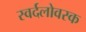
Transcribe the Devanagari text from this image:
स्वर्दलोवस्क